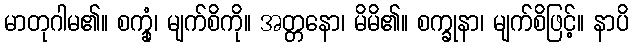
မာတုဂါမ၏။ စက္ခုံ၊ မျက်စိကို။ အတ္တနော၊ မိမိ၏။ စက္ခုနာ၊ မျက်စိဖြင့်။ နာပိ